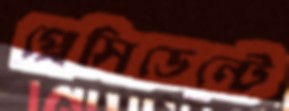
প্রেসিডেন্টে